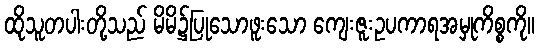
ထိုသူတပါးတို့သည် မိမိ၌ပြုသောဖူးသော ကျေးဇူးဥပကာရအမှုကိစ္စကို။